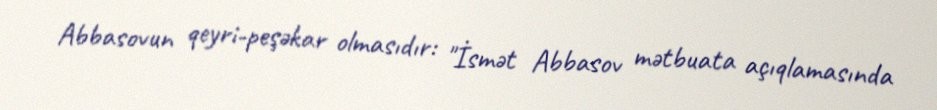
Abbasovun qeyri-peşəkar olmasıdır: "İsmət Abbasov mətbuata açıqlamasında